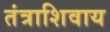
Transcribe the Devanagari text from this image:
तंत्राशिवाय